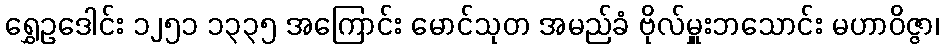
ရွှေဥဒေါင်း ၁၂၅၁ ၁၃၃၅ အကြောင်း မောင်သုတ အမည်ခံ ဗိုလ်မှူးဘသောင်း မဟာဝိဇ္ဇာ၊